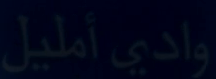
واديًأمليل